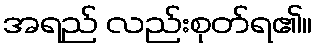
အရည် လည်းစုတ်ရ၏။